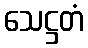
သေဋ္ဌတံ